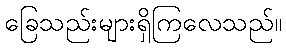
ခြေသည်းများရှိကြလေသည်။